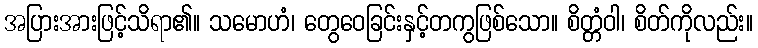
အပြားအားဖြင့်သိရာ၏။ သမောဟံ၊ တွေဝေခြင်းနှင့်တကွဖြစ်သော။ စိတ္တံဝါ၊ စိတ်ကိုလည်း။